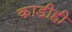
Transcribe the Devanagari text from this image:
काडीही